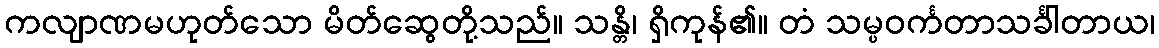
ကလျာဏမဟုတ်သော မိတ်ဆွေတို့သည်။ သန္တိ၊ ရှိကုန်၏။ တံ သမ္ပဝင်္ကတာသင်္ခါတာယ၊